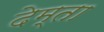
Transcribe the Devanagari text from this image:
देम्ता